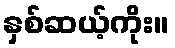
နှစ်ဆယ့်ကိုး။